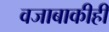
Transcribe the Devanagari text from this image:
वजाबाकीही